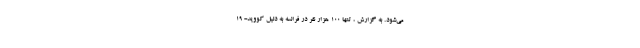
می‌‌شود. به گزارش ، تنها 100 هزار نفر در فرانسه به دلیل کووید- 19